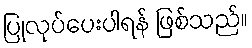
ပြုလုပ်ပေးပါရန် ဖြစ်သည်။